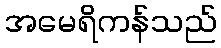
အမေရိကန်သည်